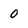
Character: 0